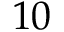
\, \, 1 0